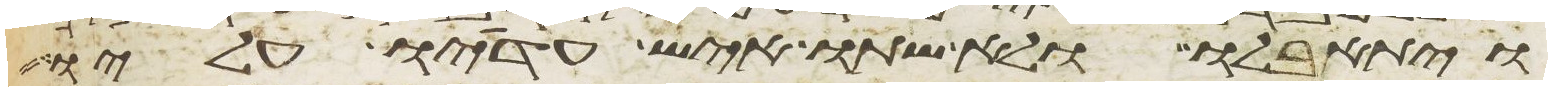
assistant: ויתאבלו ולא שתו איש עדיו עליו